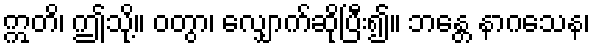
ဣတိ၊ ဤသို့။ ဝတွာ၊ လျှောက်ဆိုပြီး၍။ ဘန္တေ နာဂသေန၊